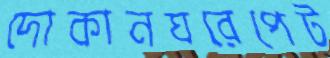
দোকানঘরেপেট